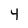
Character: 4